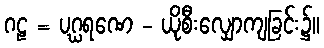
ဂဠ = ပဂ္ဃရဏေ - ယိုစီးလျှောကျခြင်း၌။